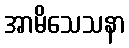
အာမိသေသနာ